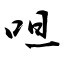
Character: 呾